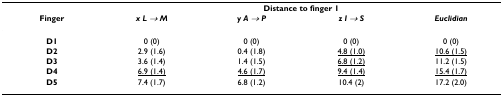
<table><thead><tr><td></td><td colspan="4"><b>Distance to finger 1</b></td></tr><tr><td><b>Finger</b></td><td><b><i>x L → M</i></b></td><td><b><i>y A → P</i></b></td><td><b><i>z I → S</i></b></td><td><b><i>Euclidian</i></b></td></tr></thead><tbody><tr><td><b>D1</b></td><td>0 (0)</td><td>0 (0)</td><td>0 (0)</td><td>0 (0)</td></tr><tr><td><b>D2</b></td><td>2.9 (1.6)</td><td>0.4 (1.8)</td><td><underline>4.8 (1.0)</underline></td><td><underline>10.6 (1.5)</underline></td></tr><tr><td><b>D3</b></td><td>3.6 (1.4)</td><td>1.4 (1.5)</td><td><underline>6.8 (1.2)</underline></td><td>11.2 (1.5)</td></tr><tr><td><b>D4</b></td><td><underline>6.9 (1.4)</underline></td><td><underline>4.6 (1.7)</underline></td><td><underline>9.4 (1.4)</underline></td><td><underline>15.4 (1.7)</underline></td></tr><tr><td><b>D5</b></td><td>7.4 (1.7)</td><td>6.8 (1.2)</td><td>10.4 (2)</td><td>17.2 (2.0)</td></tr></tbody></table>